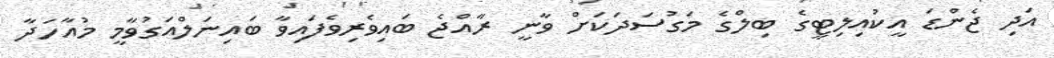
އަދި ޖެންޑަ އީކުއިލިޓީގެ ބިލްގެ މަގުސަދަކަށް ވާނީ ރާއްޖެ ބައިވެރިވެފައިވާ ބައިނަލްއަގުވާމީ މުއާހަދާ